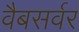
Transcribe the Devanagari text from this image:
वैबसर्वर